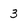
Character: 3